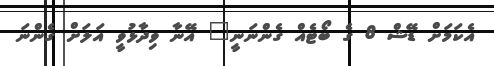
އެކަމަށް ޑޭޝް 8 ގެ ބޯޓެއް ގެންނަނީ" އޭނާ ވިދާޅުވީ އަލަށް ގެންނަ